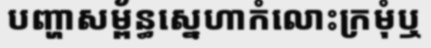
បញ្ហាសម្ព័ន្ធស្នេហាកំលោះក្រមុំឬ